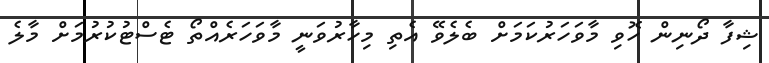
ޝިފާ ދޯނިން ހޮވި މާވަހަރުކަމަށް ބެލެވޭ އެތި މިހާރުވަނީ މާވަހަރެއްތޯ ޓެސްޓުކުރުމަށް މާލެ